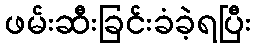
ဖမ်းဆီးခြင်းခံခဲ့ရပြီး